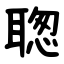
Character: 聦